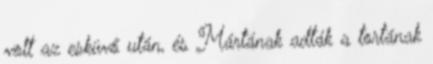
volt az esküvő után, és Mártának adták a tortának